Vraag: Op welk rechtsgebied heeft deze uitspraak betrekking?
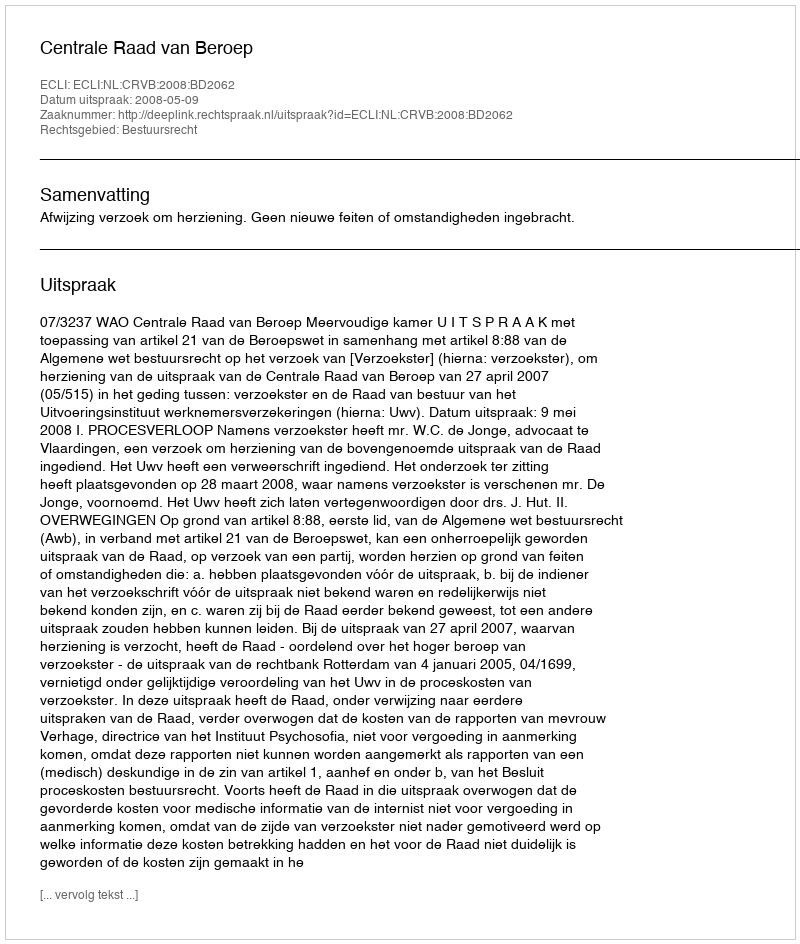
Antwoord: Bestuursrecht